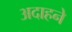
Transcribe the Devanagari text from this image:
अदाहने